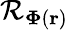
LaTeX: \mathcal{R}_{\mathbf{\Phi}(\mathbf{r})}